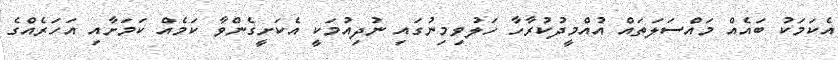
އެކަމަކު ބައެއް މައްސަލަތައް އުއްމީދުކުރާހާ ހަލުވިމިނުގައި ނުދިއުމަކީ އެކަށީގެންވާ ކަމެއް ކަމަށާއި އަހަރެއްގެ